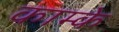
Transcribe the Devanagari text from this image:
काम्के